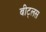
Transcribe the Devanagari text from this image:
बीट्लस